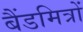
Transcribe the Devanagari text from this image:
बैंडमित्रों